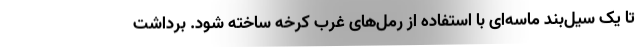
تا یک سیل‌بند ماسه‌ای با استفاده از رمل‌های غرب کرخه ساخته شود. برداشت